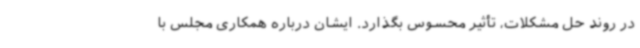
در روند حل مشکلات، تأثیر محسوس بگذارد. ایشان درباره همکاری مجلس با